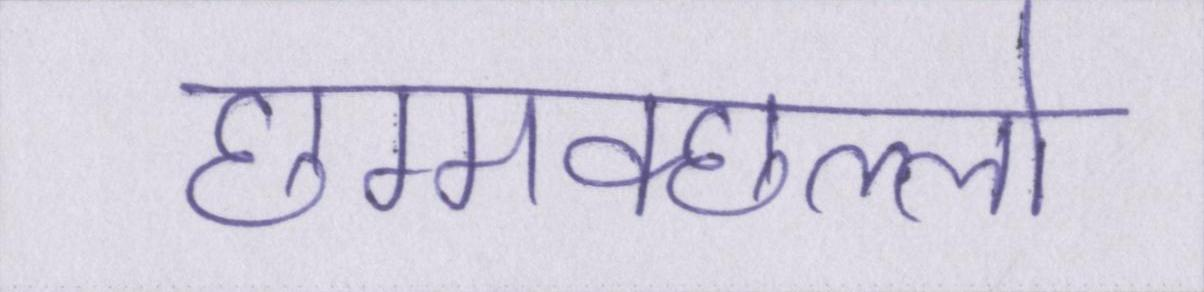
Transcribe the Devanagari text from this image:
छम्मक्छल्लो